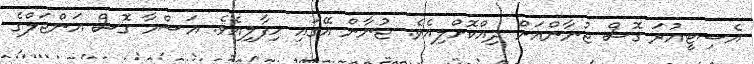
އެސިޓީއުރަ ގޮސް ޖުނާންއަށް ދިއްކޮށްލިއެވެ. ޖުނާން އޭގައި ހިފާލިއެވެ. އަސްމާ ގޮސް އަންޖަލްގެ